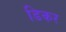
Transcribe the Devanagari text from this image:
डिकर